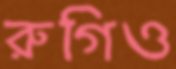
রুগিও